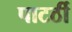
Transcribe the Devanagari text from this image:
पाटर्ठी